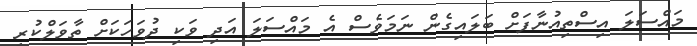
މައްސަލަ އިސްތިއުނާފަށް ބަލައިގެން ނަމަވެސް އެ މައްސަލަ އަދި ވަކި ދުވަހަަކަށް ތާވަލްކުރި